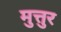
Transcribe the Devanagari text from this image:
मुत्तुर